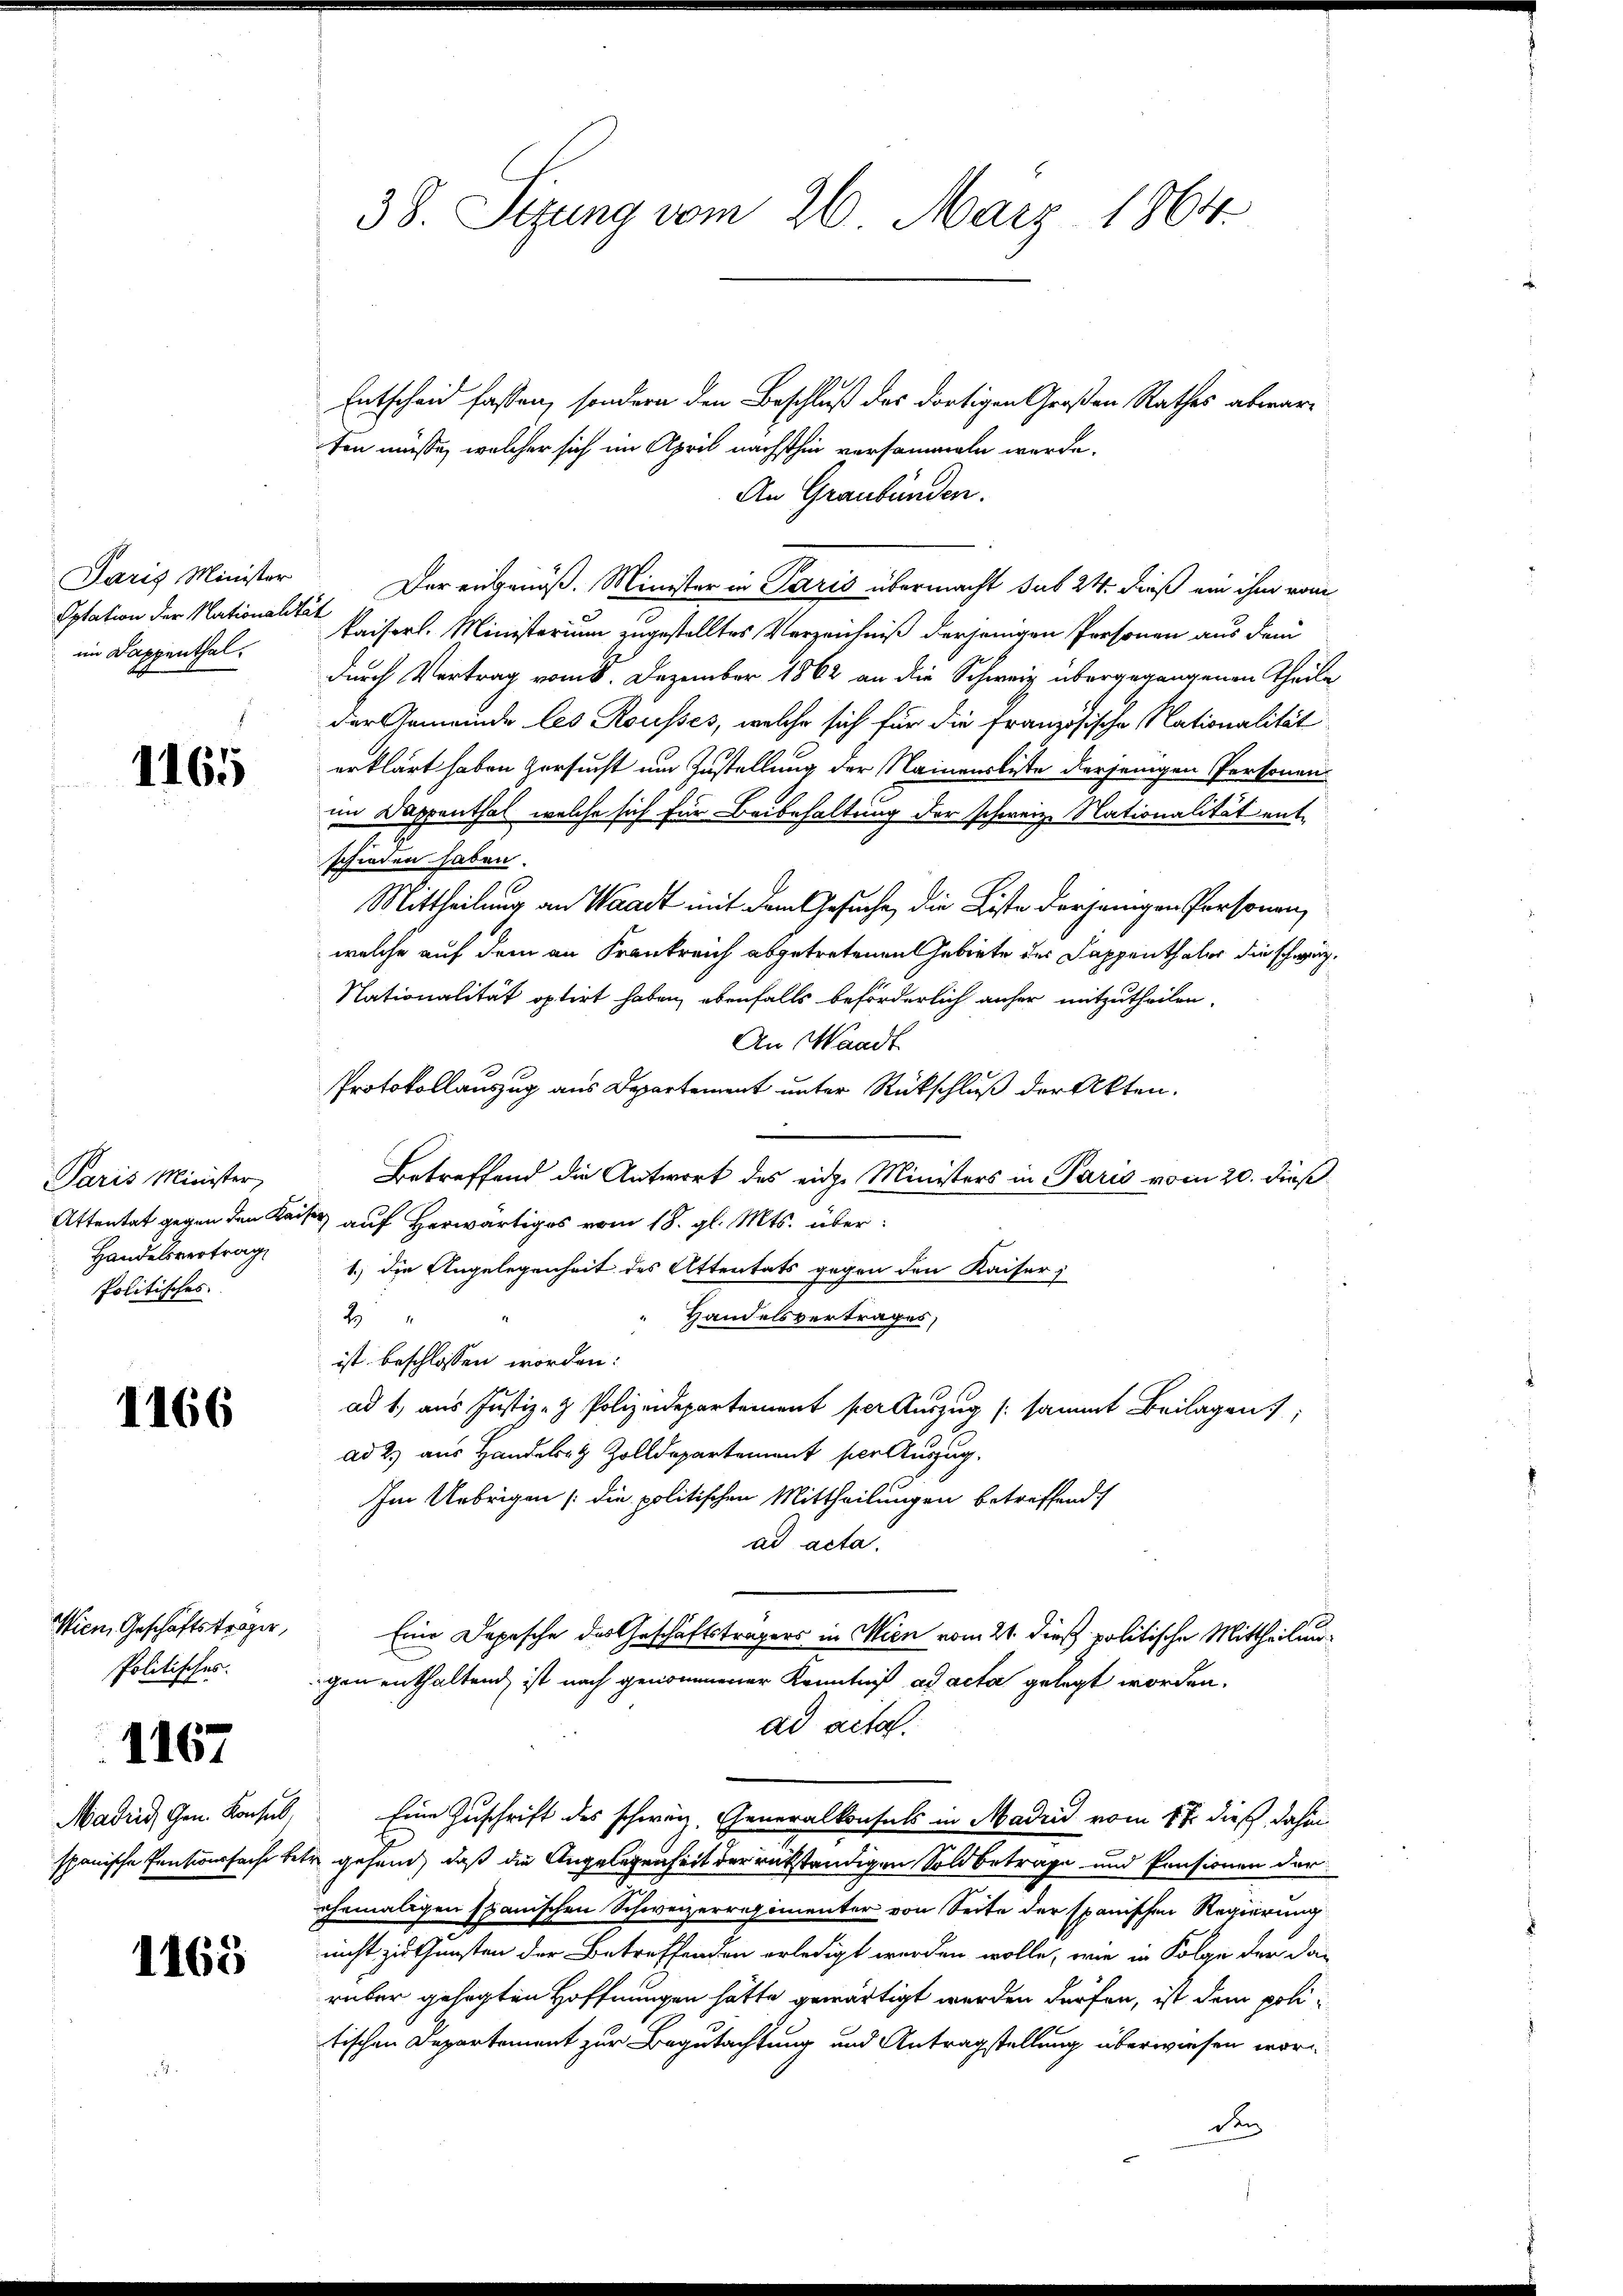
Paris Minister
Sptation der Nationalität
im Dappenthal.

1165

Paris Minister,
Handelsvertrag
Politisches

1166

Wien, Geschäftsträger,
Politisches.

1167

1165

Entscheid fassen, sondern den Beschluß des dortigen Großen Rathes abwarten müsse, welcher sich im April nächsthin versammeln werde.
An Graubünden.
Der erbreiß. Minister in Paris übermacht sub 24. dieß ein ihm vom
kaiserl. Ministerium zugestelltes Verzeichniß derjenigen Personen aus dem
durch Vertrag vom 8. Dezember 1862 an die Schweiz übergegangenen Theile
der Gemeinde les Rousses, welche sich für die Französische Nationalität
erklärt haben versucht um Zustellung der Namensliste derjenigen Personen
im Dappenthal, welche sich für Beibehaltung der schweiz. Nationalität entschieden haben.
Mittheilung an Waadt mit dem Gesuche, die Liste derjenigen Personen,
welche auf dem an Frankreich abgetretenen Gebiete des Sappenthaler die schwärz¬
Nationalität optirt haben, ebenfalls beförderlich anher mitzutheilen.
An Waadt.
Protokollauszug aus Departement unter Rückschluß der Akten.
Betreffend die Antwort des eide Ministers in Paris vom 20. dieß
Attentat gegen den Kaiser auf Herwärtiges vom 18. gl. Mts. über¬
1.) die Angelegenheit des Attentats gegen den Kaiser:
2
Handelsvertrages,
ist beschlossen worden:
ad 1, aus Justiz- & Polizeidepartement per Auszug sammt Beilagen;
ad 2. aus Handelsr. Zolldepartement per Auszug.
Im Uebrigen (die politischen Mittheilungen betreffend
ad acta.
Eine Depesche des Geschäftsträgers in Wien vom 21. dieß politische Mittheilungen enthaltend ist nach genommener Kenntniß ad acta gelegt worden.
ad acta.
Madrid Gen. Konsul, Eine Zuschrift des schweiz. Generalkonsuls in Madrid vom 17. dieß dahin
spanische Pensionssache betr. gehend, daß die Angelegenheit der rükständigen Sold betrage und Pensionen der
ehemaligen spanischen Schweizerregimenter von Seite der spanischen Regierung
nicht zu Gunsten der Betreffenden erledigt werden wolle, wie in Folge der da-
rüber gesagten Hoffnungen hätte gewärtigt werden dürfen, ist dem politischen Departement zur Begutachtung und Antragstellung überwiesen wor-
den

38. Sizung vom 26. März 1864.